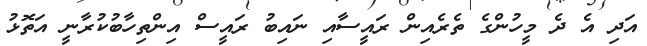
އަދި އެ ދެ މީހުންގެ ތެރެއިން ރައީސާއި ނައިބު ރައީސް އިންތިހާބުކުރާނީ އަތޮޅު